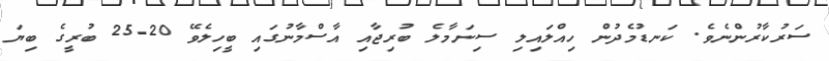
ސަރުކާރުންނެވެ. ކަނޑުމެދުން ހިއްލައިލި ސިނަމާލެ ބުރިޖާއި އާސްމާނުގައި ބީހިލެވޭ 20-25 ބުރީގެ ބިޔަ